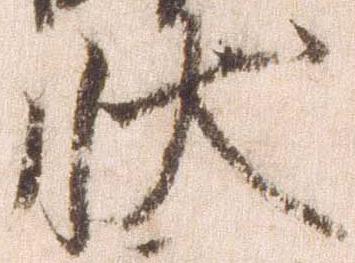
状